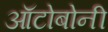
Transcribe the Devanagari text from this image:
ऑटोबोनी